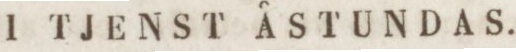
I TJENST ÅSTUNDAS.